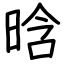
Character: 晗